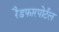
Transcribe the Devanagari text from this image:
रैडफारपोर्टल